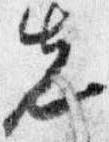
先